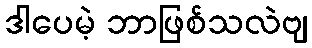
ဒါပေမဲ့ ဘာဖြစ်သလဲဗျ